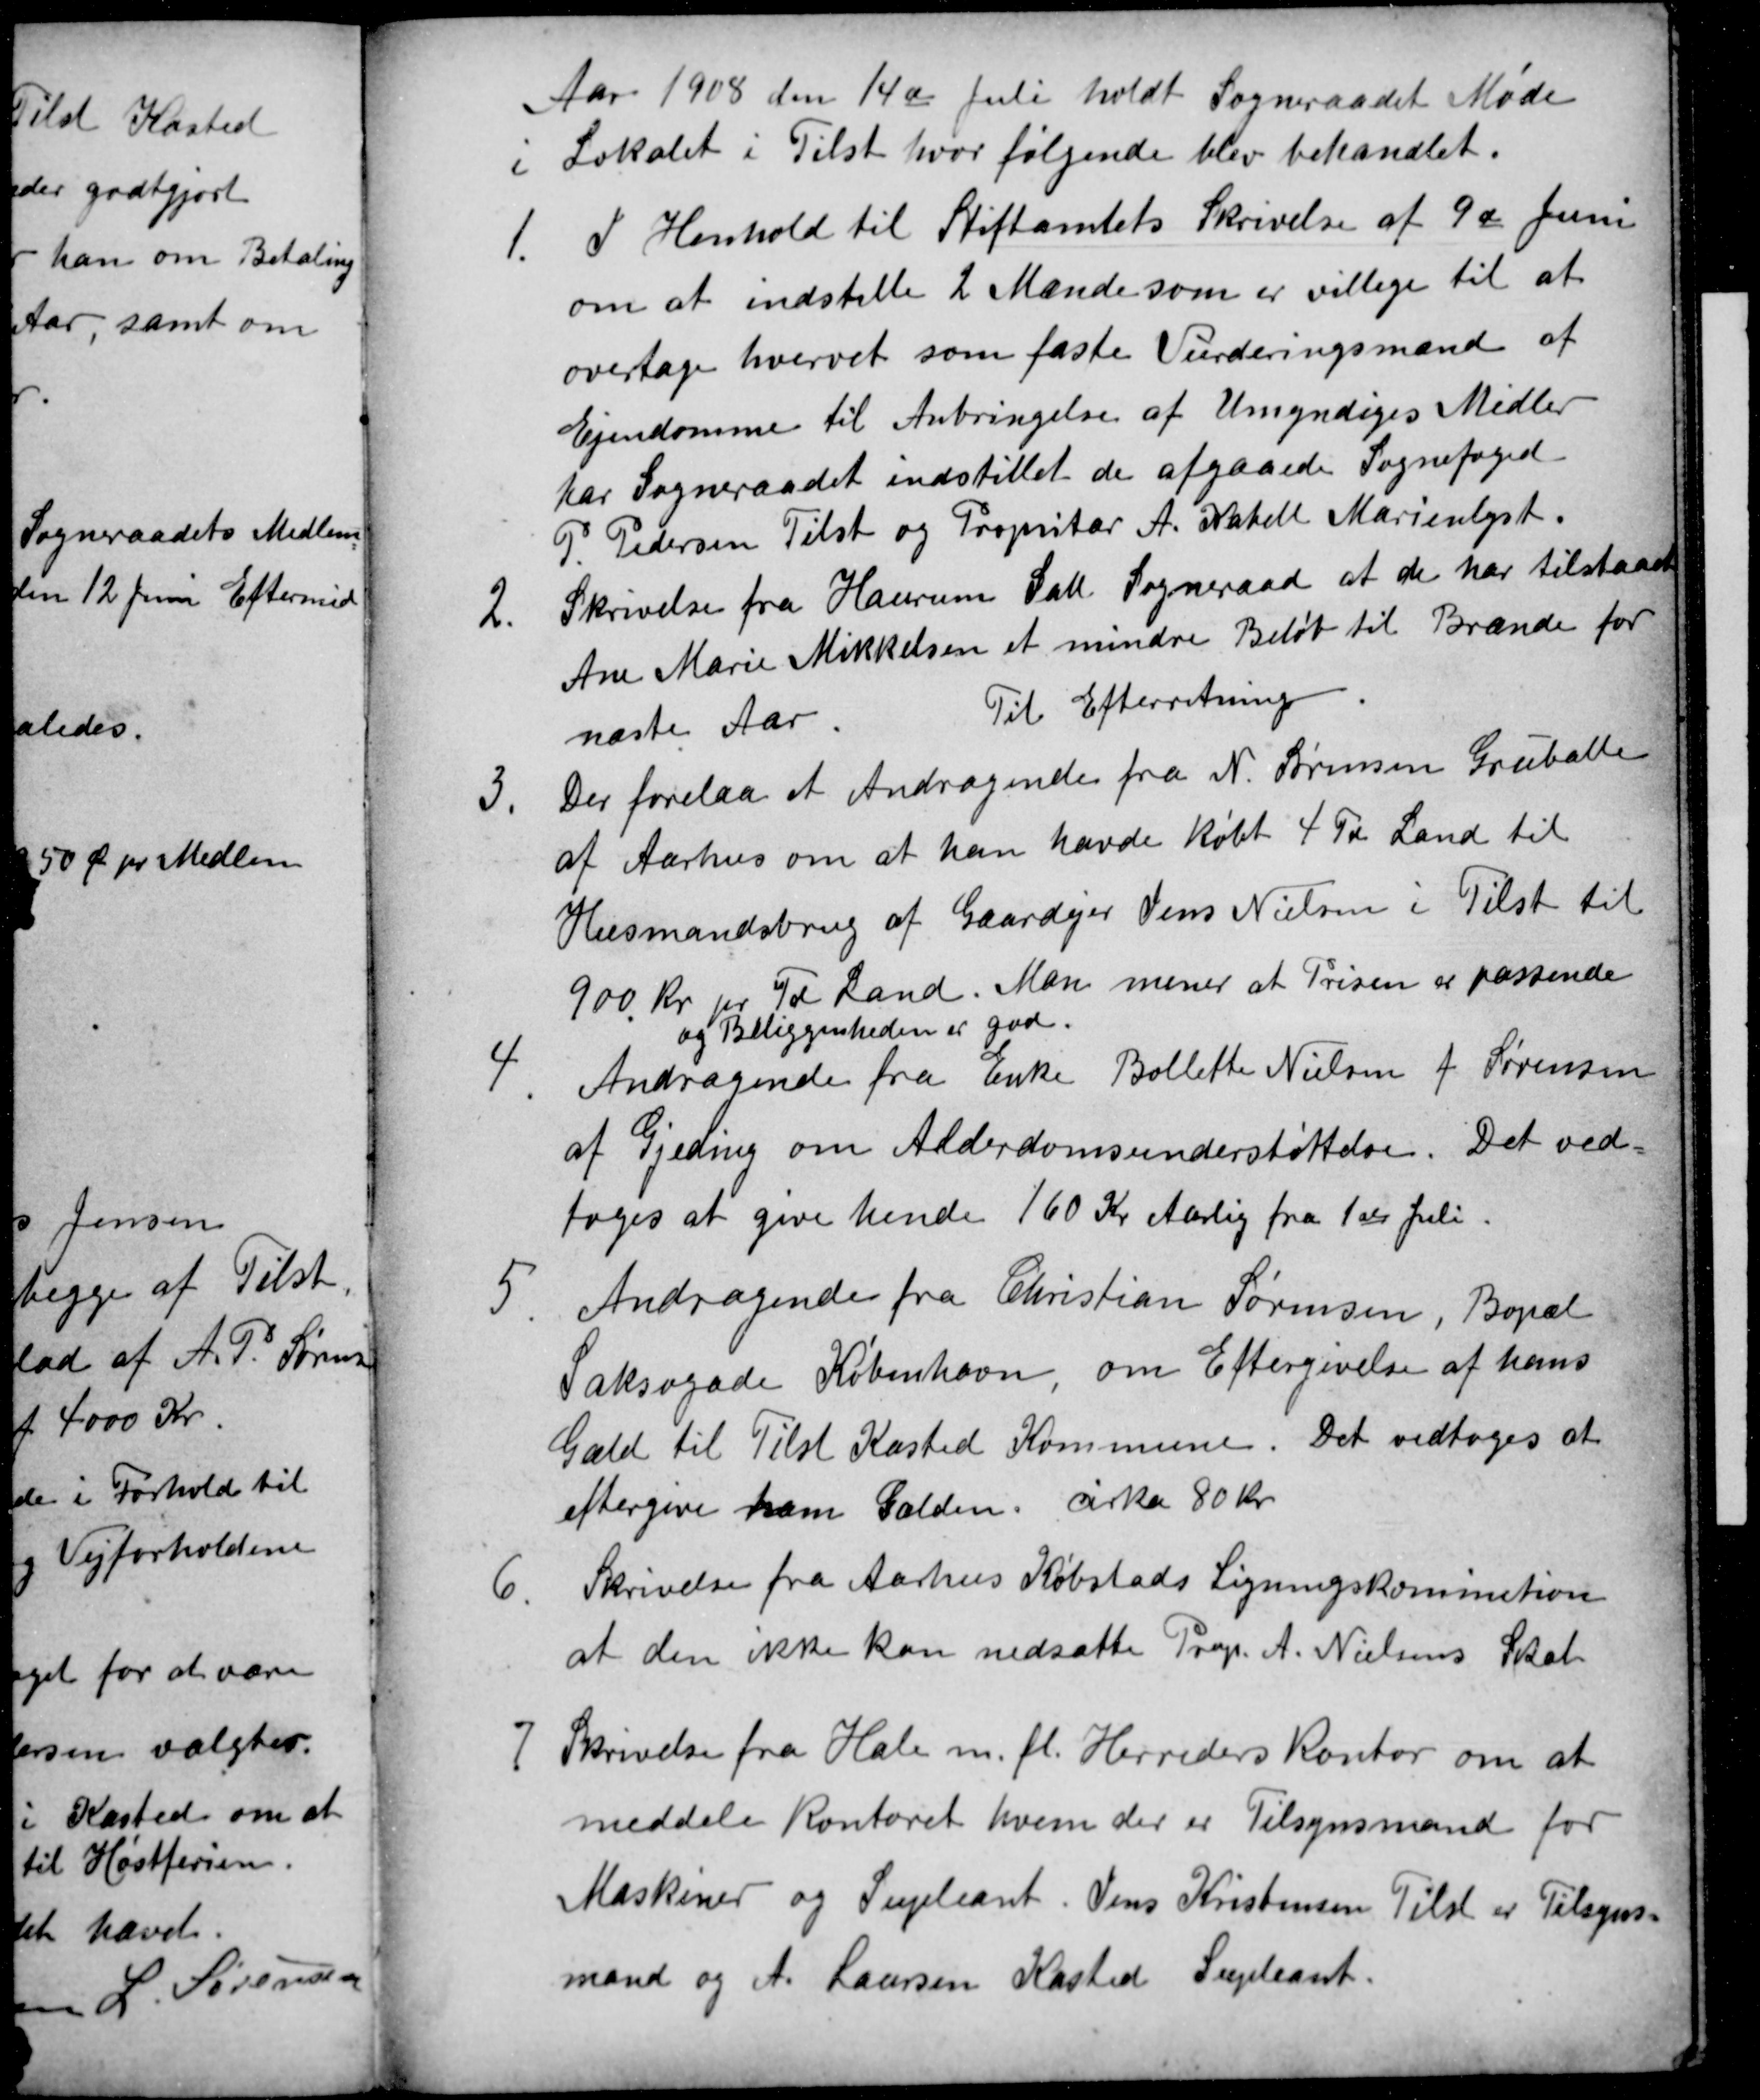
Transskription:
Aar 1908 den 14de Juli holdt Sogneraadet Møde
i Lokalet i Tilst hvor følgende blev behandlet.
1.
I Henhold til Stiftamtets Skrivelse af 9de Juni
om at indstille 2 Mænde som er villige til at 
overtage hvervet som faste Vurderingsmænd af
Ejendomme til Anbringelse af Umyndiges Midler
har Sogneraadet indstillet de afgaaede Sognefoged
P. Pedersen Tilst og Propritær A. Kabell Marienlyst.
2.
Skrivelse fra Haurum Sall Sogneraad at de har tilstaaet
Ane Marie Mikkelsen et mindre Beløb til Brænde for
næste Aar
Til Efterretning
3.
Der forelaa et Andragende fra N. Sørensen Gruballe
af Aarhus om at han havde købt 4 Td. Land til
Husmandsbrug af Gaardejer Jens Nielsen i Tilst til
900 kr pr Td Land. Man mener at Prisen er passende
og Beliggenheden er god.
4.
Andragende fra Enke Bollette Nielsen f Sørensen
af Gjeding om Alderdomsunderstøttelse. Det ved=
toges at give hende 160 Kr Aarlig fra 1ste Juli
5.
Andragende fra Christian Sørensen, Bopæl
Saksogade København om Eftergivelse af hans
Gæld til Tilst Kasted Kommune. Det vedtoges at
eftergive ham Gælden cirka 80 Kr.
6.
Skrivelse fra Aarhus Købstads Ligningskommition
at den ikke kan nedsætte Prop.  A. Nielsens Skat
7 Skrivelse fra Hale m.fl. Herreders Kontor om at
meddele Kontoret hvem der er Tilsynsmand for
Maskiner og Supleant. Jens Kristensen Tilst er Tilsyns
mand og A. Laursen Kasted Supleant.